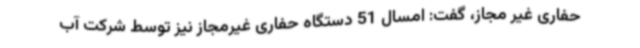
حفاری غیر مجاز، گفت: امسال 51 دستگاه حفاری غیرمجاز نیز توسط شرکت آب